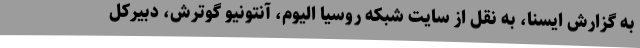
به گزارش ایسنا، به نقل از سایت شبکه روسیا الیوم، آنتونیو گوترش، دبیرکل